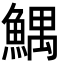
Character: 鰅